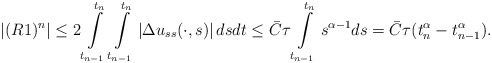
\begin{align*} |(R1)^{n}|\leq 2\int\limits^{t_n}_{t_{n-1}}\int\limits^{t_n}_{t_{n-1}}\left| \Delta u_{ss}(\cdot,s)\right|dsdt\leq \bar{C}\tau\int\limits^{t_n}_{t_{n-1}}s^{\alpha-1}ds= \bar{C}\tau(t_{n}^{\alpha}-t_{n-1}^{\alpha}). \end{align*}